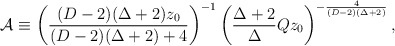
\begin{align*}{\cal A}\equiv \left({{(D-2)(\Delta+2)z_0}\over{(D-2)(\Delta+2)+4}}\right)^{-1}\left({{\Delta+2}\over\Delta}Qz_0\right)^{-{4\over{(D-2)(\Delta+2)}}},\end{align*}